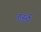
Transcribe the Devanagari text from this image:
हर्स्ट